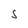
Character: S